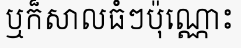
ឬក៏សាលធំៗប៉ុណ្ណោះ